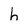
Character: h